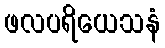
ဖလပရိယေသနံ